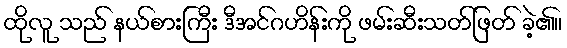
ထိုလူ သည် နယ်စားကြီး ဒီအင်ဂဟိန်းကို ဖမ်းဆီးသတ်ဖြတ် ခဲ့၏။